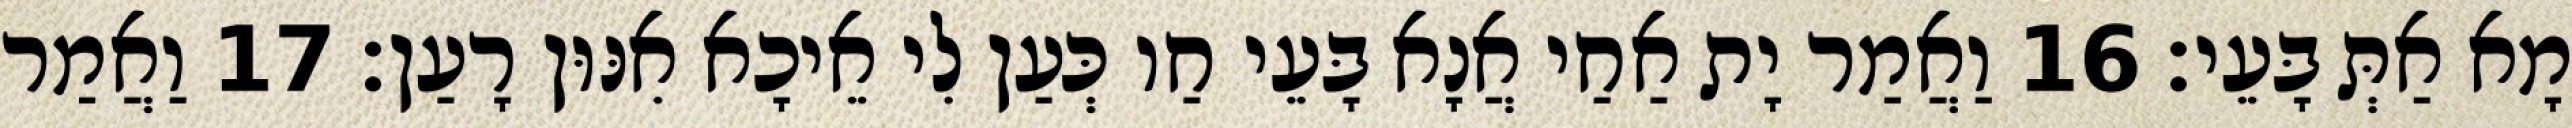
מָא אַתְּ בָּעֵי׃ 16 וַאֲמַר יָת אַחַי אֲנָא בָּעֵי חַו כְּעַן לִי אֵיכָא אִנּוּן רָעַן׃ 17 וַאֲמַר